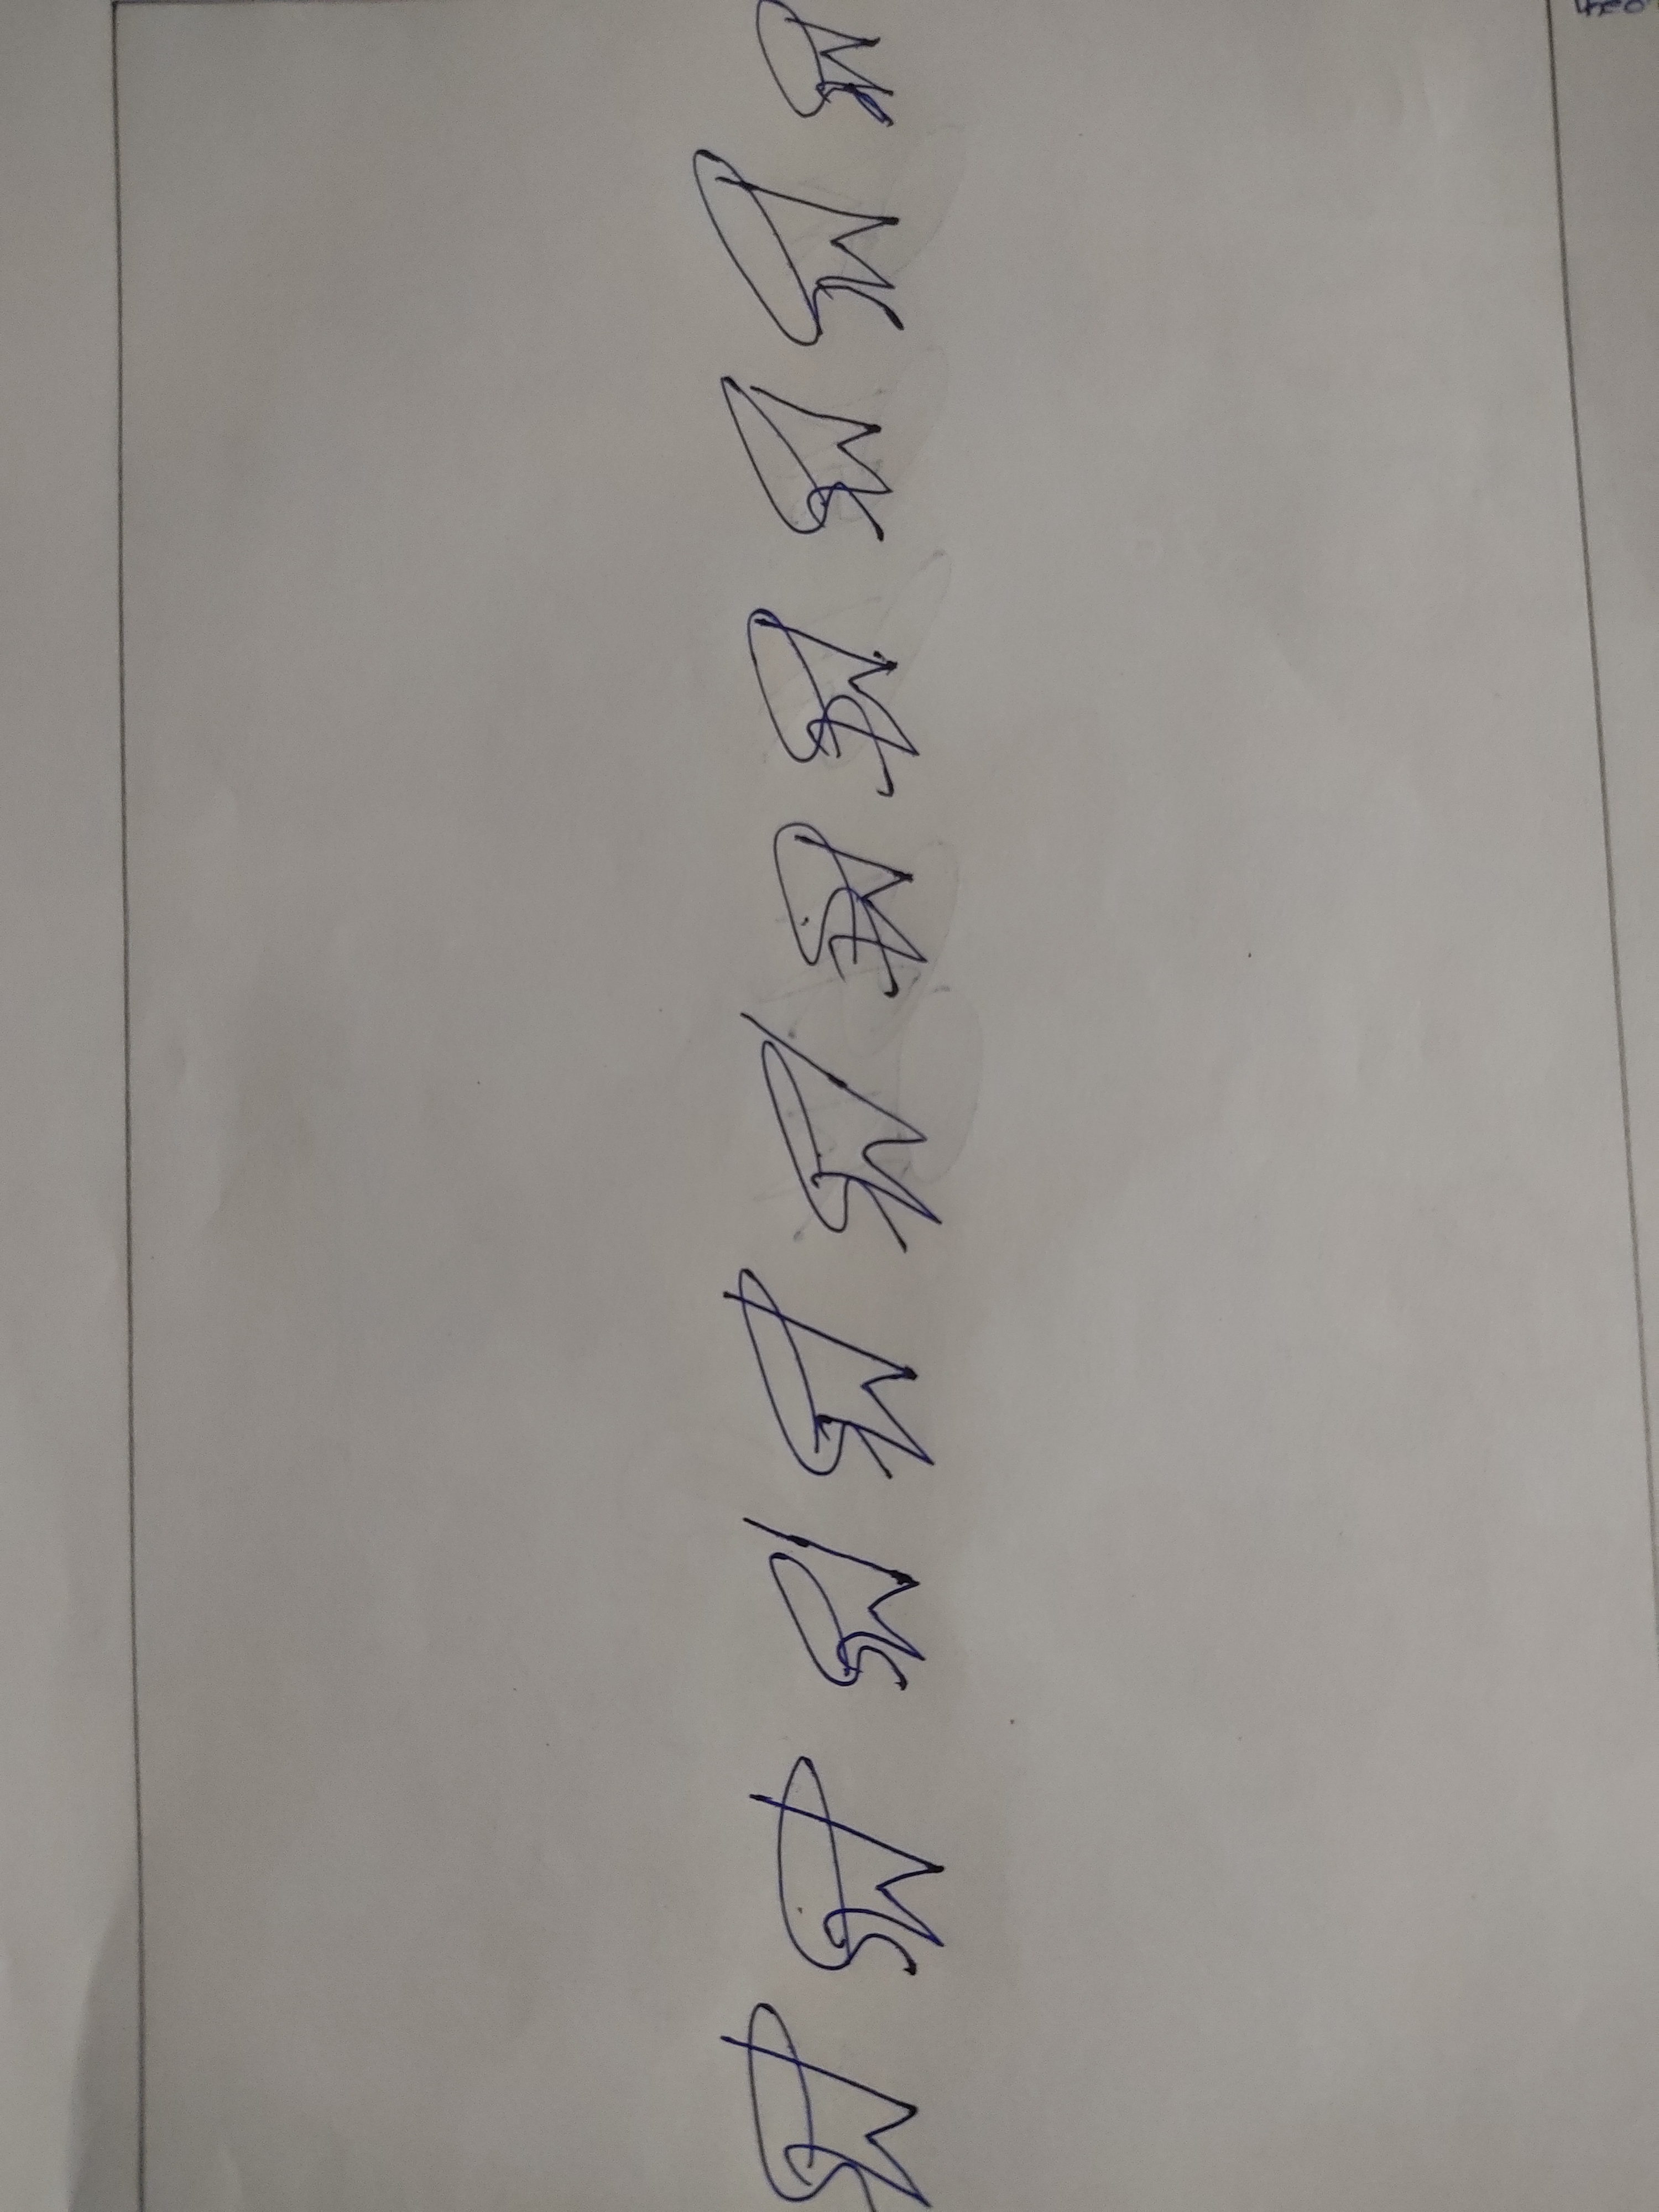
Signature authenticity: forged